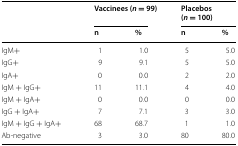
| <ROWSPAN=2>  | <COLSPAN=2> Vaccinees (n = 99) | <COLSPAN=2> Placebos (n = 100) |
 | n | % | n | % |
 | --- | --- | --- | --- | --- |
 | IgM+ | 1 | 1.0 | 5 | 5.0 |
 | IgG+ | 9 | 9.1 | 5 | 5.0 |
 | IgA+ | 0 | 0.0 | 2 | 2.0 |
 | IgM + IgG+ | 11 | 11.1 | 4 | 4.0 |
 | IgM + IgA+ | 0 | 0.0 | 0 | 0.0 |
 | IgG + IgA+ | 7 | 7.1 | 3 | 3.0 |
 | IgM + IgG + IgA+ | 68 | 68.7 | 1 | 1.0 |
 | Ab-negative | 3 | 3.0 | 80 | 80.0 |